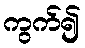
ကွက်၍